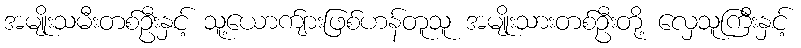
အမျိုးသမီးတစ်ဦးနှင့် သူ့ယောက်ျားဖြစ်ဟန်တူသူ အမျိုးသားတစ်ဦးတို့ လှေသူကြီးနှင့်